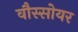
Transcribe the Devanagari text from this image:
वौस्सोयर